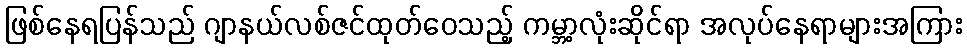
ဖြစ်နေရပြန်သည် ဂျာနယ်လစ်ဇင်ထုတ်ဝေသည့် ကမ္ဘာ့လုံးဆိုင်ရာ အလုပ်နေရာများအကြား